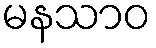
မနသာဝ